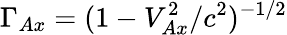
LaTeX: \Gamma_{Ax}=(1-V_{Ax}^{2}/c^{2})^{-1/2}